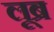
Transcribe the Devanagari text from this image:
लूब्र